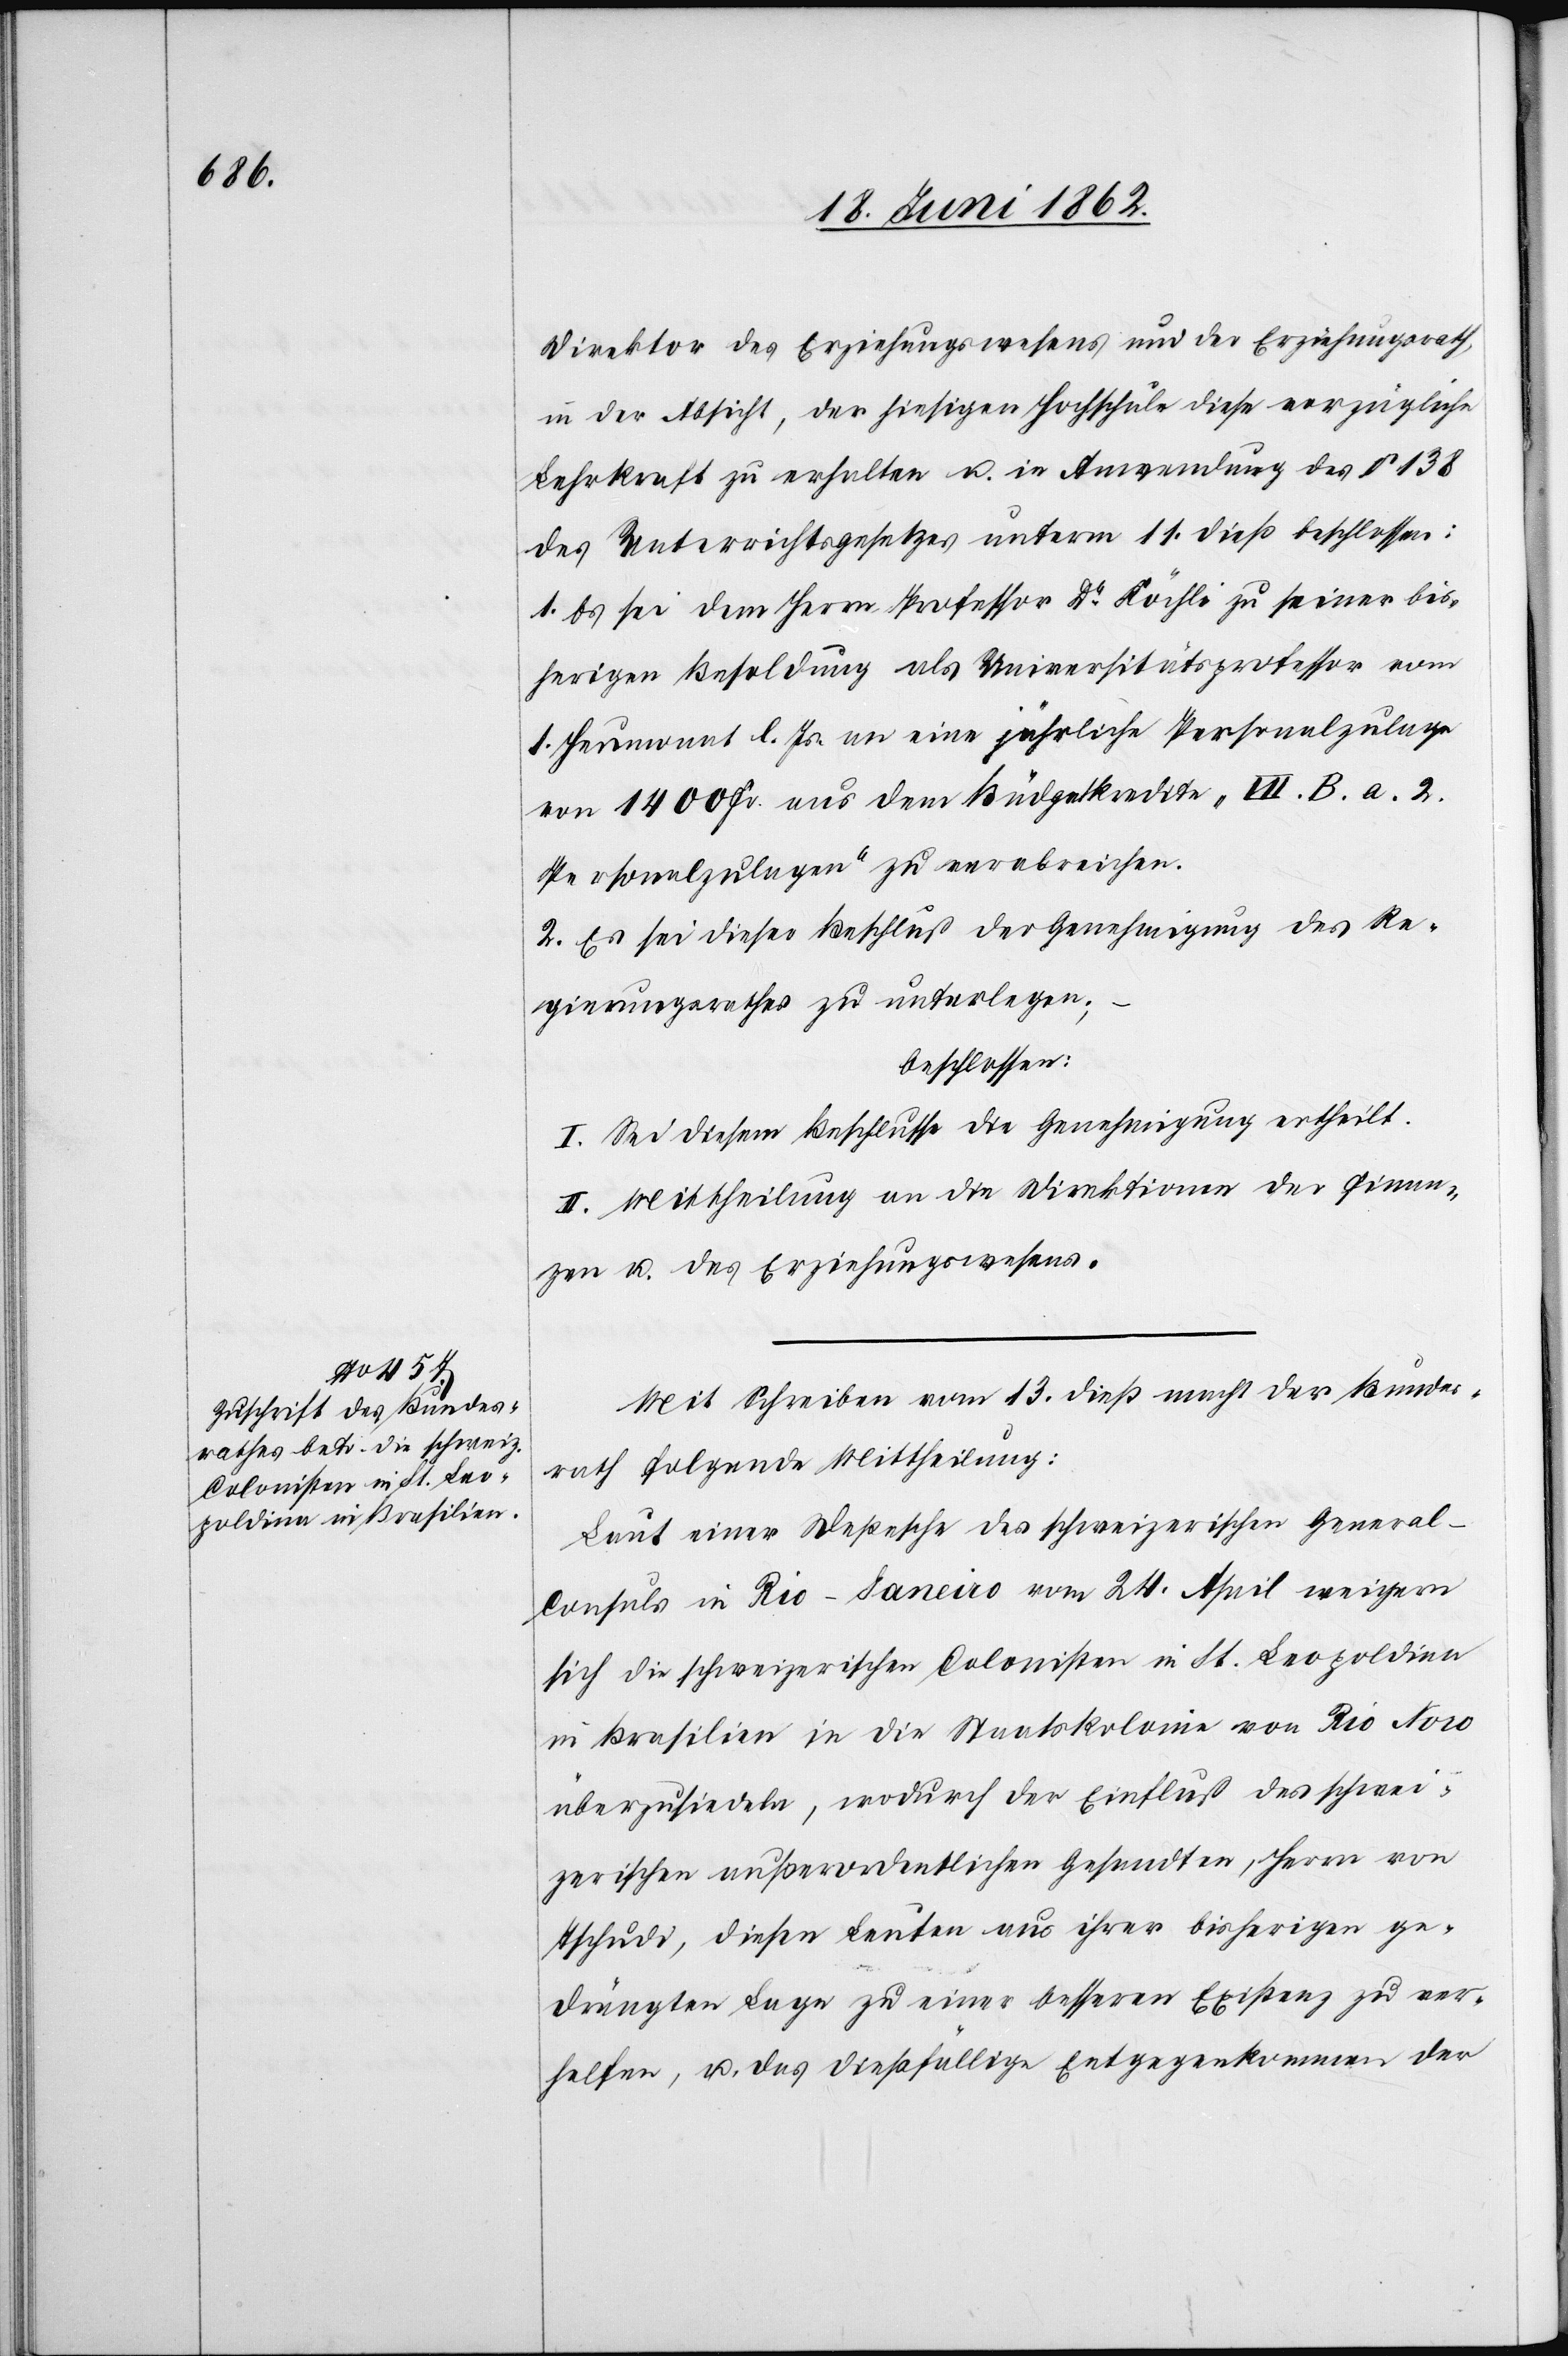
Direktor des Erziehungswesens und der Erziehungsrath,
in der Absicht, der hiesigen Hochschule diese vorzügliche
Lehrkraft zu erhalten u. in Anwendung des § 138
des Unterrichtsgesetzes unterm 11. dieß beschlossen:
1. Es sei dem Herrn Professor Dr. Köchli zu seiner bis¬
herigen Besoldung als Universitätsprofessor vom
1. Heumonat l. Js. an eine jährliche Personalzulage
von 1400 Fr. aus dem Büdgetkredite „VII. B. a. 2.
Personalzulagen“ zu verabreichen.
2. Es sei dieser Beschluß der Genehmigung des Re¬
gierungsrathes zu unterlegen;
beschlossen:
I. Sei diesem Beschluß die Genehmigung ertheilt.
II. Mittheilung an die Direktionen der Finan¬
zen u. des Erziehungswesens.
Mit Schreiben vom 13. dieß macht der Bundes¬
rath folgende Mittheilung:
Laut einer Depesche des schweizerischen General-C¬
onsuls in Rio-Janeiro vom 24. April weigern
sich die schweizerischen Colonisten in St. Leopoldien
in Brasilien in die Staatskolonie von Rio Novo
überzusiedeln, wodurch der Einfluß des schwei¬
zerischen außerordentlichen Gesandten, Herrn von
Tschudi, diesen Leuten aus ihrer bisherigen ge¬
drängten Lage zu einer besseren Existenz zu ver¬
helfen, u. das dießfällige Entgegenkommen der